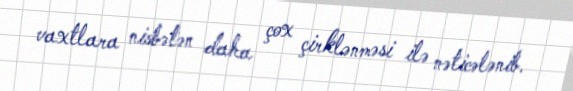
vaxtlara nisbətən daha çox çirklənməsi ilə nəticələnib.